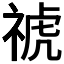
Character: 𥚚